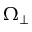
\Omega _ { \perp }